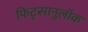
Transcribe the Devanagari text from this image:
फिट्सानुलॉक